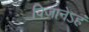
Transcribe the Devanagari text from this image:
विजानेऽहं